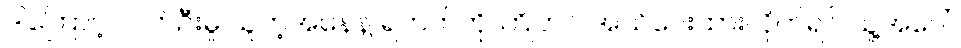
ဒါကြောင့် လက်ဦးမှု ယူတဲ့အနေနဲ့ ရဲဘက်ကို ကြိုတင် အသိပေးထားလိုက်ရင် သူ့အပေါ်